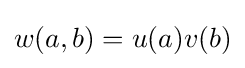
w(a,b)=u(a)v(b)